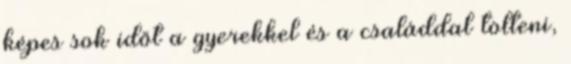
képes sok időt a gyerekkel és a családdal tölteni,